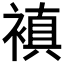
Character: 𧜖